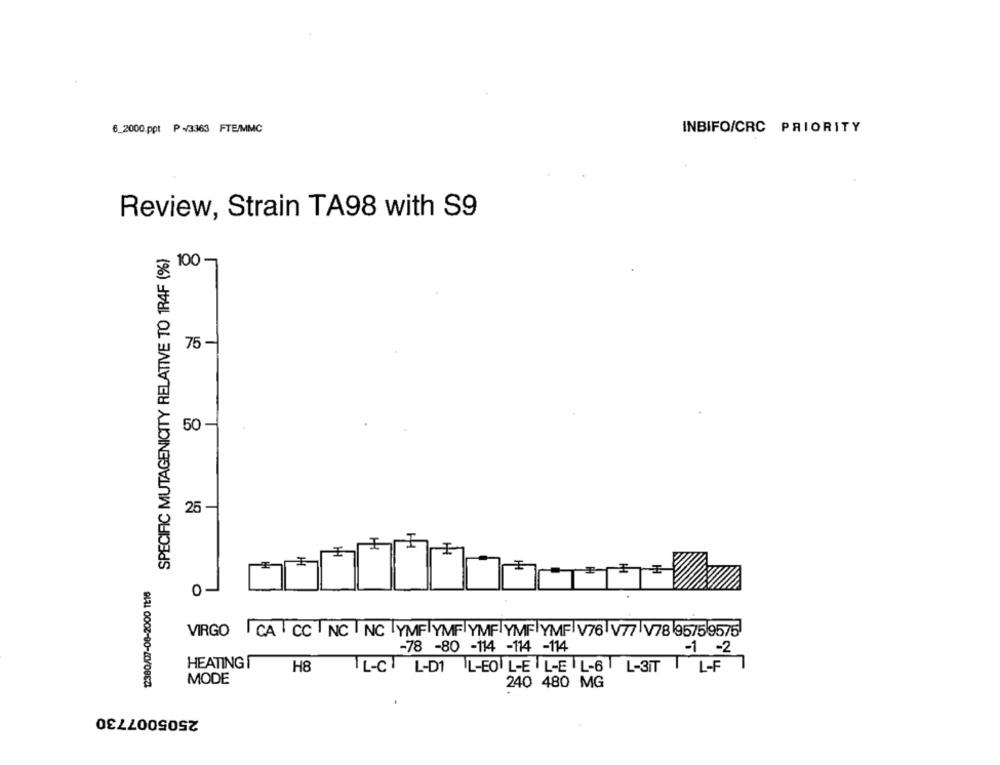
6_2000 ppt P-/3363 FTE/MMC
INBIFO/CRC PRIORITY
Review, Strain TA98 with S9
SPECIFIC MUTAGENICITY RELATIVE TO 1R4F (%)
100-
75 -
50-
25
0
VIRGO CA CC NCNC YMF YMF YMF YMF YMF V76 V77 V78 95759575
-78 -80 -114 -114 -114
-1 -2
HEATING I
H8
IL-CL-DI LEO -E L-EL-6 L-3IT
L-F
MODE
240 480 MG
2505007730